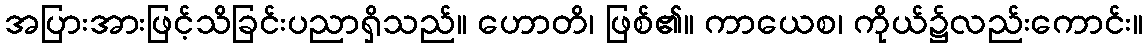
အပြားအားဖြင့်သိခြင်းပညာရှိသည်။ ဟောတိ၊ ဖြစ်၏။ ကာယေစ၊ ကိုယ်၌လည်းကောင်း။